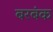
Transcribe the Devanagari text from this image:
बरबंक